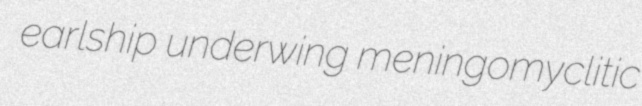
earlship underwing meningomyclitic